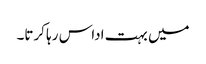
میں بہت اداس رہا کرتا۔